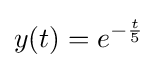
y(t)=e^{-{\frac {t}{5}}}